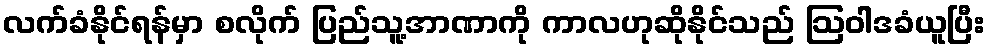
လက်ခံနိုင်ရန်မှာ စလိုက် ပြည်သူ့အာဏာကို ကာလဟုဆိုနိုင်သည် ဩဝါဒခံယူပြီး